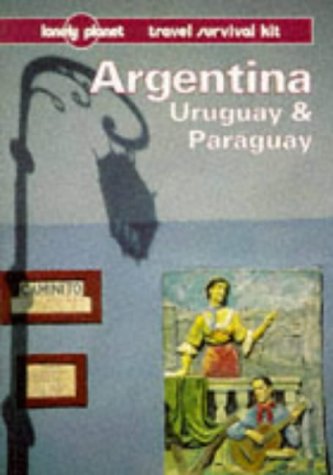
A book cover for Lonely Planet Argentina, Uruguay & Paraguay (2nd ed.); Wayne Bernhardson; Travel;